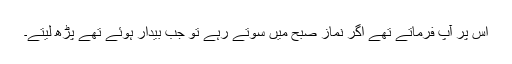
اس پر آپ فرماتے تھے اگر نماز صبح میں سوتے رہے تو جب بیدار ہوئے تھے پڑھ لیتے۔